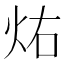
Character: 𪸚